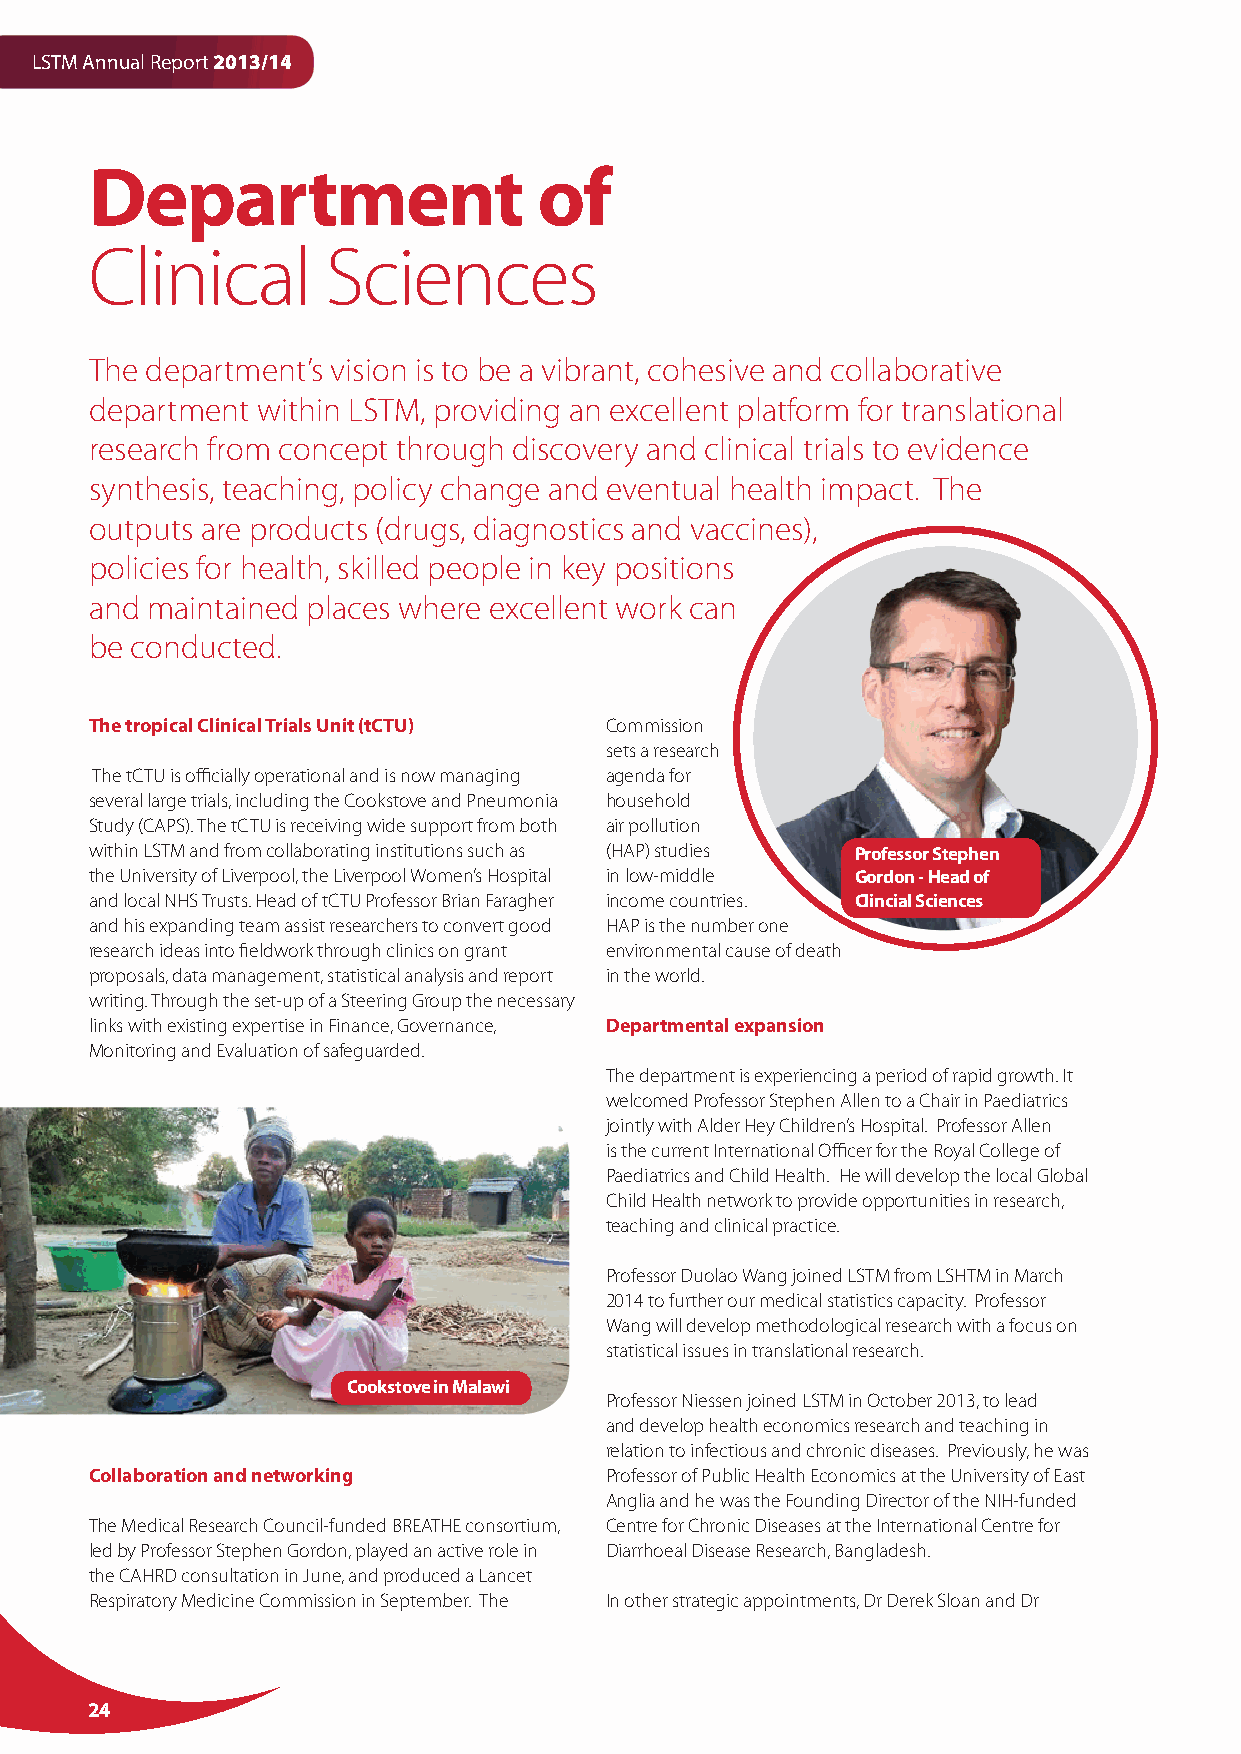
LSTM Annual Report 2013/14
 Department                    of
 Clinical        Sciences
 The department’s vision is to be a vibrant, cohesive and collaborative
 department within LSTM, providing an excellent platform for translational
 research from concept through discovery and clinical trials to evidence
 synthesis, teaching, policy change and eventual health impact. The
 outputs are products (drugs, diagnostics and vaccines),
 policies for health, skilled people in key positions
 and maintained places where excellent work can
 be conducted.
 The tropical Clinical Trials Unit (tCTU) Commission
 sets a research
 The tCTU is officially operational and is now managing agenda for
 several large trials, including the Cookstove and Pneumonia household
 Study (CAPS). The tCTU is receiving wide support from both air pollution
 within LSTM and from collaborating institutions such as (HAP) studies Professor Stephen
 the University of Liverpool, the Liverpool Women’s Hospital in low-middle Gordon - Head of
 and local NHS Trusts. Head of tCTU Professor Brian Faragher income countries. Clincial Sciences
 and his expanding team assist researchers to convert good HAP is the number one
 research ideas into fieldwork through clinics on grant environmental cause of death
 proposals, data management, statistical analysis and report in the world.
 writing. Through the set-up of a Steering Group the necessary
 links with existing expertise in Finance, Governance, Departmental expansion
 Monitoring and Evaluation of safeguarded.
 The department is experiencing a period of rapid growth. It
 welcomed Professor Stephen Allen to a Chair in Paediatrics
 jointly with Alder Hey Children’s Hospital. Professor Allen
 is the current International Officer for the Royal College of
 Paediatrics and Child Health. He will develop the local Global
 Child Health network to provide opportunities in research,
 teaching and clinical practice.
 Professor Duolao Wang joined LSTM from LSHTM in March
 2014 to further our medical statistics capacity. Professor
 Wang will develop methodological research with a focus on
 statistical issues in translational research.
 Cookstove in Malawi
 Professor Niessen joined LSTM in October 2013, to lead
 and develop health economics research and teaching in
 relation to infectious and chronic diseases. Previously, he was
 Collaboration and networking      Professor of Public Health Economics at the University of East
 Anglia and he was the Founding Director of the NIH-funded
 The Medical Research Council-funded BREATHE consortium, Centre for Chronic Diseases at the International Centre for
 led by Professor Stephen Gordon, played an active role in Diarrhoeal Disease Research, Bangladesh.
 the CAHRD consultation in June, and produced a Lancet
 Respiratory Medicine Commission in September. The In other strategic appointments, Dr Derek Sloan and Dr
 24